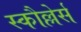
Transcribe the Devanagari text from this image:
स्कौल्लेर्स